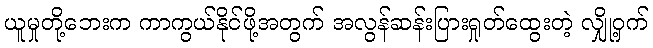
ယူမှုတို့ဘေးက ကာကွယ်နိုင်ဖို့အတွက် အလွန်ဆန်းပြားရှုတ်ထွေးတဲ့ လျှို့ဝှက်